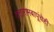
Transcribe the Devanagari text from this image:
दत्तारामबापूंचेही